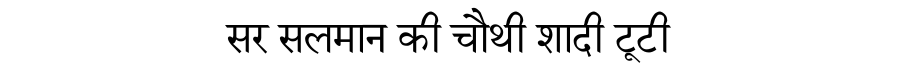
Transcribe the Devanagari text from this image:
सर सलमान की चौथी शादी टूटी